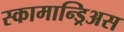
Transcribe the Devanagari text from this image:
स्कामान्ड्रिअस